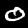
Label: 0